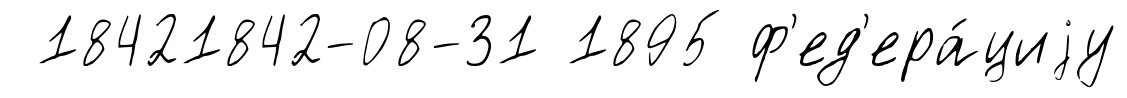
18421842-08-31 1895 ф'ед'ера́циjу